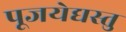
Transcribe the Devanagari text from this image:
पूजयेद्यस्तु